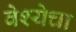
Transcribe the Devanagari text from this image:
वेश्येचा